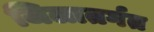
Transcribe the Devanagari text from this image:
जिलातर्गत